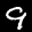
Label: 9